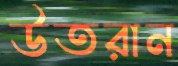
উতরান